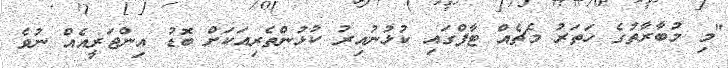
"މި މުބާރާތުގެ ހަތަރު މެޗެއް ޓާފްގައި ކުޅުނުއިރު ކުޅުންތެރިއަކަށް ބޮޑު އިންޖަރީއެއް ނުވެ